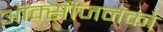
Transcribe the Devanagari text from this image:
ऑक्सीजनको